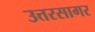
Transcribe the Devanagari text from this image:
उत्तरसागर